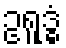
ဥရူဒ္ဓံ